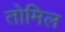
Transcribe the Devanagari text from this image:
तोमिल